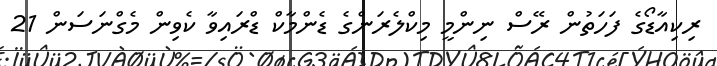
ރިކިއާޑޯގެ ފަހަތުން ރޭސް ނިންމީ މިކްލެރަންގެ ޑެންމާކް ޑްރައިވާ ކެވިން މެގްނަސަން 21